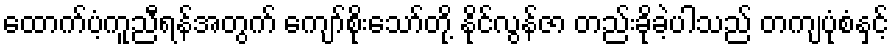
ထောက်ပံ့ကူညီရန်အတွက် ကျော်စိုးသော်တို့ နိုင်လွန်ဇာ တည်းခိုခဲ့ပါသည် တကျပုံစံနှင့်